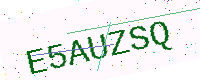
Text: E5AUZSQ